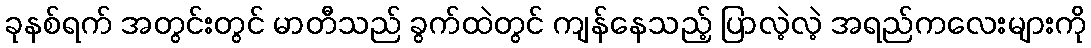
ခုနစ်ရက် အတွင်းတွင် မာတီသည် ခွက်ထဲတွင် ကျန်နေသည့် ပြာလဲ့လဲ့ အရည်ကလေးများကို